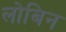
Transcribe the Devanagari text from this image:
लोबिन